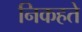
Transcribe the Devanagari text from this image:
निकहते